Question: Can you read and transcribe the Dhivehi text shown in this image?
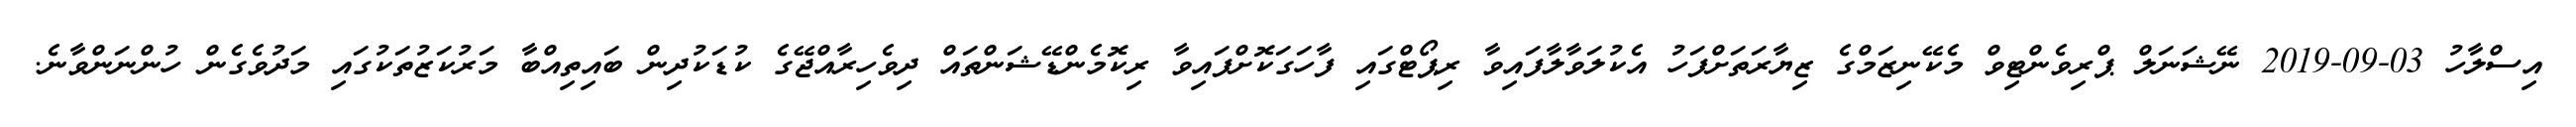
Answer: އިސްލާހު 03-09-2019 ނޭޝަނަލް ޕްރިވެންޓިވް މެކޭނިޒަމްގެ ޒިޔާރަތަށްފަހު އެކުލަވާލާފައިވާ ރިޕޯޓްގައި ފާހަގަކޮށްފައިވާ ރިކޮމެންޑޭޝަންތައް ދިވެހިރާއްޖޭގެ ކުޑަކުދިން ބައިތިއްބާ މަރުކަޒުތަކުގައި މަދުވެގެން ހުންނަންވާނެ.